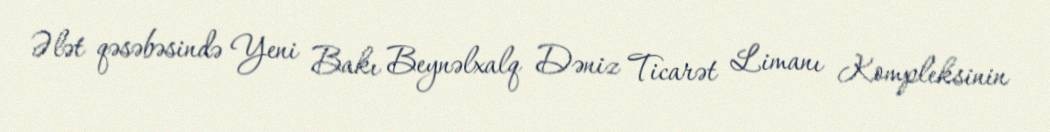
Ələt qəsəbəsində Yeni Bakı Beynəlxalq Dəniz Ticarət Limanı Kompleksinin